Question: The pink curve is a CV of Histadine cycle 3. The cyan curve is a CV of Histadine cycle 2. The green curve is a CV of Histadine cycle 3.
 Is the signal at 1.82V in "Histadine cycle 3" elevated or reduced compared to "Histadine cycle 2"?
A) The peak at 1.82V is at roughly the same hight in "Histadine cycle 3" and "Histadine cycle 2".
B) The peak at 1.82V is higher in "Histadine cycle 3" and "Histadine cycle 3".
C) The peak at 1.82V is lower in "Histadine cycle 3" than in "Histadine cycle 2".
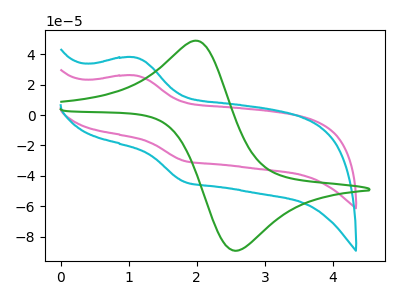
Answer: <think>The pink curve "Histadine cycle 3" has an anodic peak at (1.10V, 26.00uA) and a cathodic peak at (1.80V, -30.25uA). The cyan curve "Histadine cycle 2" has an anodic peak at (1.10V, 37.85uA) and a cathodic peak at (1.80V, -44.00uA). The green curve "Histadine cycle 3" has an anodic peak at (2.00V, 48.70uA) and a cathodic peak at (2.55V, -89.15uA).</think>
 <answer>C) The peak at 1.82V is lower in "Histadine cycle 3" than in "Histadine cycle 2".</answer>
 <eval>C</eval>